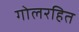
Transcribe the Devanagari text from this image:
गोलरहित